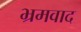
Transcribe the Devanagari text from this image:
भ्रमवाद